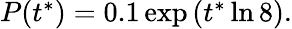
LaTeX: \begin{array}{r}{P(t^{*})=0.1\exp\left(t^{*}\ln{8}\right).}\end{array}